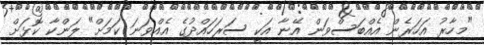
"މިހާރު އަހަރެން އެއްބަސްވަން އޭނާ އަކީ ސަރަހައްދުގެ އެއްވަނަ ކަމަށް" ލަންކާ ކޮޅަށް